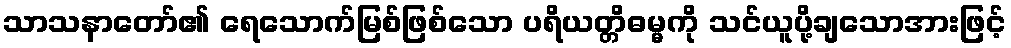
သာသနာတော်၏ ရေသောက်မြစ်ဖြစ်သော ပရိယတ္တိဓမ္မကို သင်ယူပို့ချသောအားဖြင့်